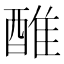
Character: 醀